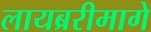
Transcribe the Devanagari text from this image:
लायब्ररीमागे